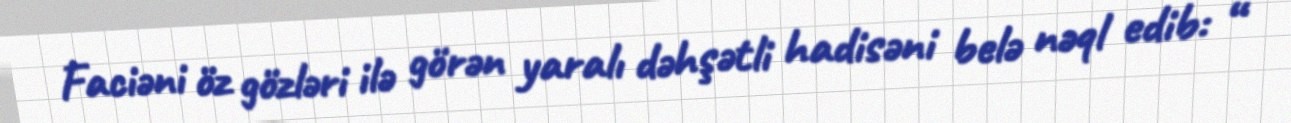
Faciəni öz gözləri ilə görən yaralı dəhşətli hadisəni belə nəql edib: “